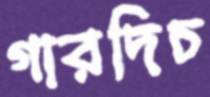
গারদিচ